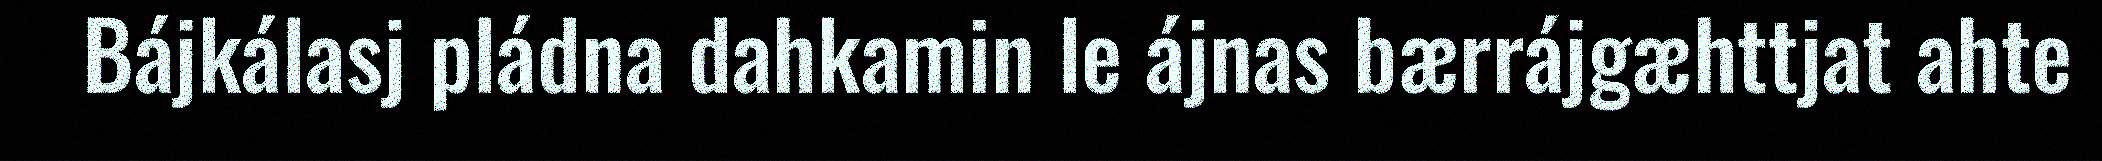
Bájkálasj pládna dahkamin le ájnas bærrájgæhttjat ahte